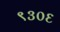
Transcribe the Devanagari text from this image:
९३०६